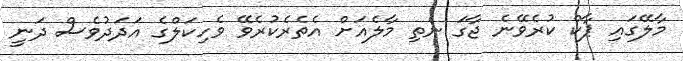
މާލޭގައި ޕާކް ކުރެވޭނެ ޖާގަ ނެތި މާލެއަށް އެތެރެކުރެވޭ ވެހިކަލްގެ އަދަދުވެސް ދަނީ